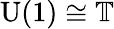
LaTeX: {\mathrm{U}}(1)\cong\mathbb{T}